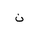
Letter: _non